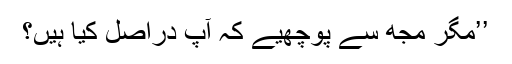
’’مگر مجھ سے پوچھیے کہ آپ دراصل کیا ہیں؟